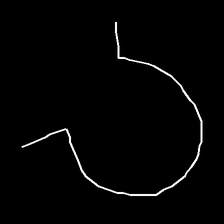
Glyph: weave